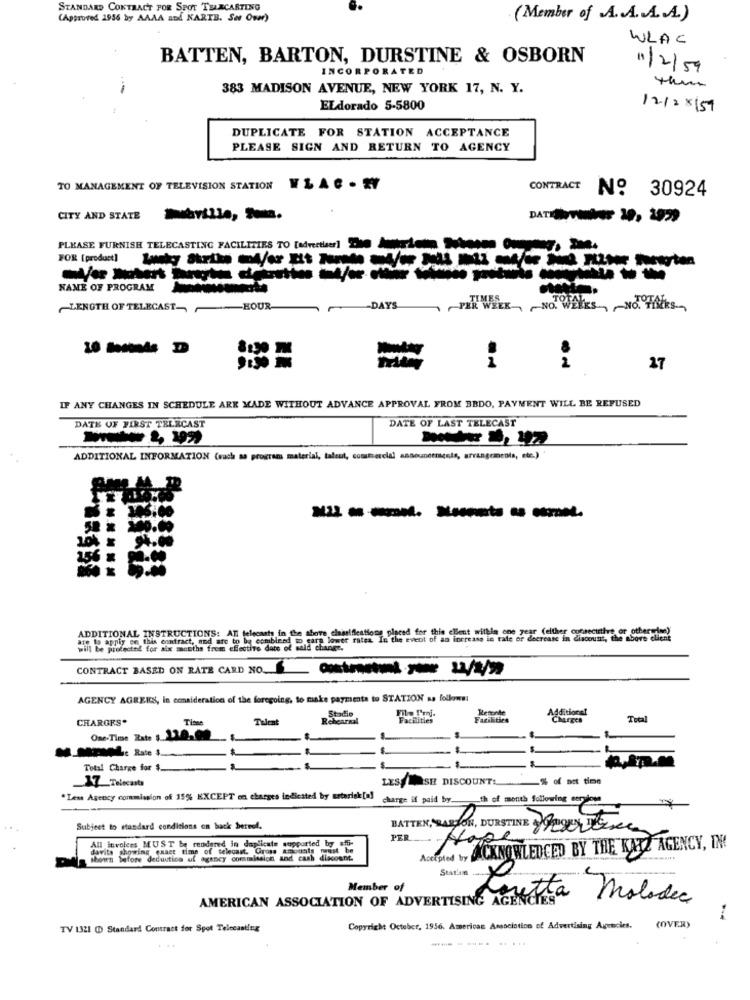
STANDARD CONTRACT FOR SPOT TELECARTING
(Approved 2956 by AAAA and KARTE. Set Over)
. (Member of .A .. A. A .. A.)
WLAC
BATTEN, BARTON, DURSTINE & OSBORN
INCORPORATED
11/2/59
383 MADISON AVENUE, NEW YORK 17, N. Y.
the
ELdorado 5-5800
12128/59
DUPLICATE FOR STATION ACCEPTANCE
PLEASE SIGN AND RETURN TO AGENCY
TO MANAGEMENT OF TELEVISION STATION
CONTRACT
No 30924
CITY AND STATE le, -.
PLEASE FURNISH TELECASTING FACILITIES TO [advertiser] The Auricha Soloson Ou
----
NAME OF PROGRAM
LENGTH OF TELECAST- HOUR
-DAYS
-PER WEEK- NO. WE
NO WALES, ~ NO HACES,
27
IF ANY CHANGES IN SCHEDULE ARE MADE WITHOUT ADVANCE APPROVAL FROM BEDO, PAYMENT WILL BE REFUSED
DATE OF FIRST TELECAST
DATE OF LAST TELECAST
ADDITIONAL INFORMATION (such as program material, talent, commercial announcements, arrangements, etc.)
----- -
ADDITIONAL INSTRUCTIONS: AT telecash in the shove cinariflestions pineed for thin client withla one year (either custe
Is apply en this contract, and are to be combined to earn lower rates In the event of an increase in tate or decrease in discount, the above client
ill be protected for aix months from effective date of sold change.
CONTRACT BASED ON RATE CARD NO.
AGENCY AGREIS, In consideration of the foregoing, to make paymenta to STATION sa follows:
Stadio
Remonte
Additional
CHARGES.
Talent
Rehearsal
Facilities
Facilities
Total
Time
One- Time Zate $ 120.00
Sammelt Rate
Total Charge for $ ....
LESSMASH DISCOUNT!
17_Telecasts
.Less Agency commission of 15% EXCEPT on charges indiested by asterisk[a]
charge if paid by. th of month following sendoes
Subject to standard conditions on back betvel.
BATTEN, PARTON, DURSTINE & O DOEN, T
All invoices MUST be rendered in duplicate supported by sff-
PER ....
Hope
davita showing gaaer time of telecast. Gross amounts must be
Acerpted by ACKNOWLEDGED BY THE KATZ AGENCY, IN!
shown before deduution uf agency commission and cash discount.
Station
Member of
AMERICAN ASSOCIATION OF ADVERTISING AGENCIES
metta Molodec
TV 1321 @D Standard Contract for Spot Telecasting
Copyright October, 1956. American Association of Advertising Agencies.
(OVER)
--- - -... .. ...